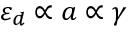
\varepsilon _ { d } \propto a \propto \gamma